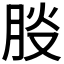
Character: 𦛀